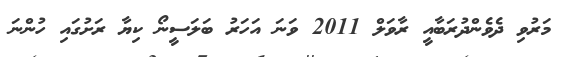
މަރުވި ދެވެންދުރަބާއީ ރާވަލް 2011 ވަނަ އަހަރު ބަލަސީނޯ ކިޔާ ރަށުގައި ހުންނަ